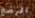
الرضع